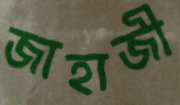
জাহাজী